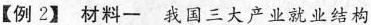
【例2】材料一 我国三大产业就业结构